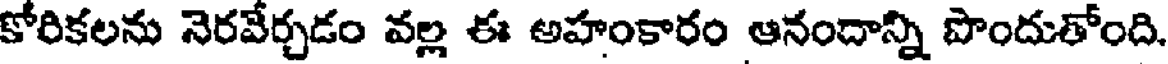
కోరికలను నెరవేర్చడం వల్ల ఈ అహంకారం ఆనందాన్ని పొందుతోంది